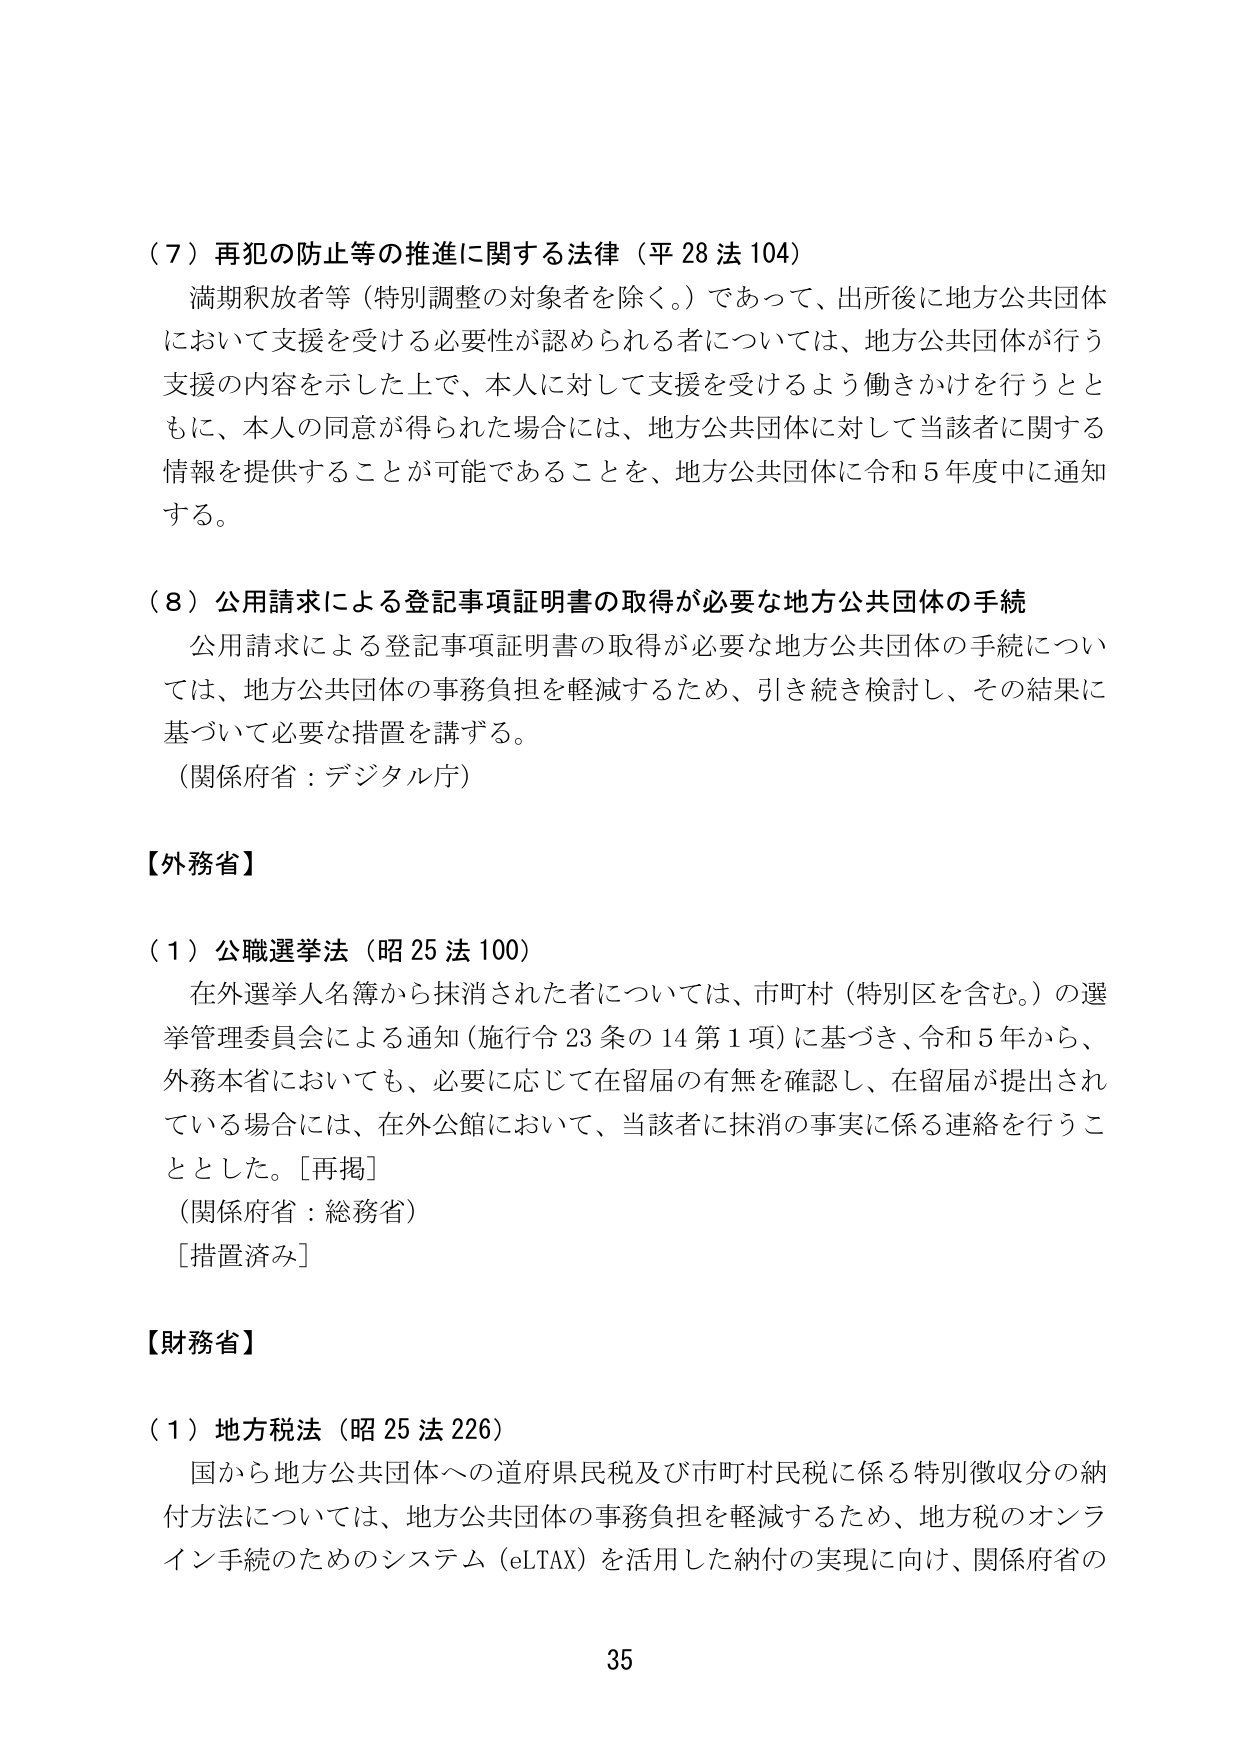
（７）再犯の防止等の推進に関する法律（平28法104）
満期釈放者等（特別調整の対象者を除く。）であって、出所後に地方公共団体において支援を受ける必要性が認められる者については、地方公共団体が行う支援の内容を示した上で、本人に対して支援を受けるよう働きかけを行うとともに、本人の同意が得られた場合には、地方公共団体に対して当該者に関する情報を提供することが可能であることを、地方公共団体に令和5年度中に通知する。

（８）公用請求による登記事項証明書の取得が必要な地方公共団体の手続
公用請求による登記事項証明書の取得が必要な地方公共団体の手続については、地方公共団体の事務負担を軽減するため、引き続き検討し、その結果に基づいて必要な措置を講ずる。
（関係府省：デジタル庁）

【外務省】
（１）公職選挙法（昭25法100）
在外選挙人名簿から抹消された者については、市町村（特別区を含む。）の選挙管理委員会による通知（施行令23条の14第1項）に基づき、令和5年から、外務本省においても、必要に応じて在留届の有無を確認し、在留届が提出されている場合には、在外公館において、当該者に抹消の事実に係る連絡を行うこととした。［再掲］
（関係府省：総務省）
［措置済み］

【財務省】
（１）地方税法（昭25法226）
国から地方公共団体への道府県民税及び市町村民税に係る特別徴収分の納付方法については、地方公共団体の事務負担を軽減するため、地方税のオンライン手続のためのシステム（eLTAX）を活用した納付の実現に向け、関係府省の

35